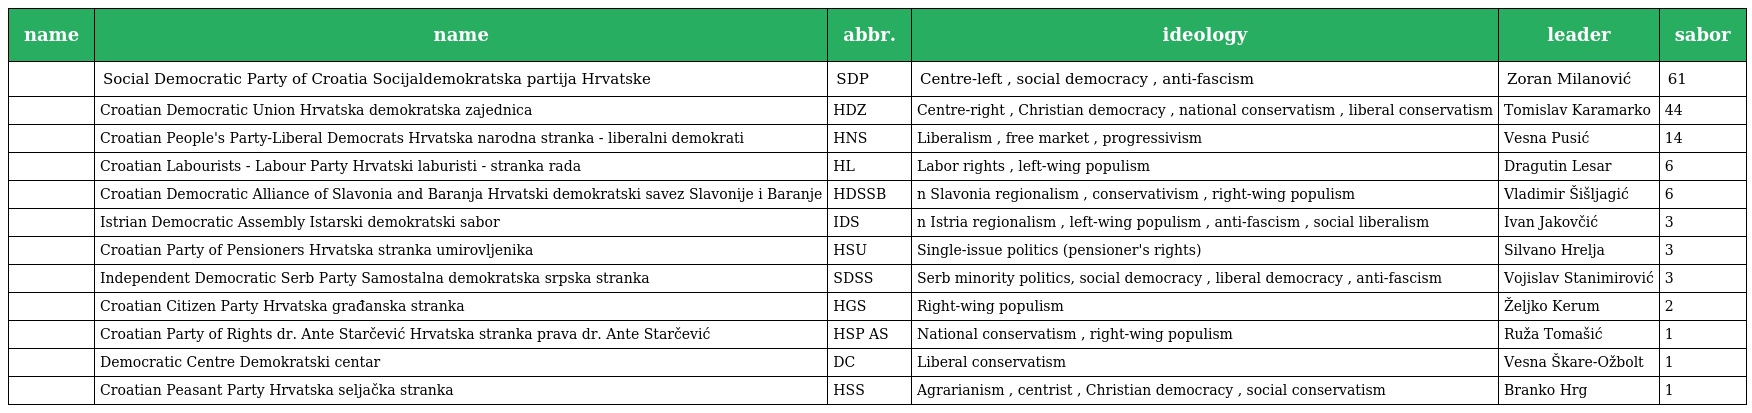
| name | name | abbr. | ideology | leader | sabor |
 | --- | --- | --- | --- | --- | --- |
 |  | Social Democratic Party of Croatia Socijaldemokratska partija Hrvatske | SDP | Centre-left , social democracy , anti-fascism | Zoran Milanović | 61 |
 |  | Croatian Democratic Union Hrvatska demokratska zajednica | HDZ | Centre-right , Christian democracy , national conservatism , liberal conservatism | Tomislav Karamarko | 44 |
 |  | Croatian People's Party-Liberal Democrats Hrvatska narodna stranka - liberalni demokrati | HNS | Liberalism , free market , progressivism | Vesna Pusić | 14 |
 |  | Croatian Labourists - Labour Party Hrvatski laburisti - stranka rada | HL | Labor rights , left-wing populism | Dragutin Lesar | 6 |
 |  | Croatian Democratic Alliance of Slavonia and Baranja Hrvatski demokratski savez Slavonije i Baranje | HDSSB | n Slavonia regionalism , conservativism , right-wing populism | Vladimir Šišljagić | 6 |
 |  | Istrian Democratic Assembly Istarski demokratski sabor | IDS | n Istria regionalism , left-wing populism , anti-fascism , social liberalism | Ivan Jakovčić | 3 |
 |  | Croatian Party of Pensioners Hrvatska stranka umirovljenika | HSU | Single-issue politics (pensioner's rights) | Silvano Hrelja | 3 |
 |  | Independent Democratic Serb Party Samostalna demokratska srpska stranka | SDSS | Serb minority politics, social democracy , liberal democracy , anti-fascism | Vojislav Stanimirović | 3 |
 |  | Croatian Citizen Party Hrvatska građanska stranka | HGS | Right-wing populism | Željko Kerum | 2 |
 |  | Croatian Party of Rights dr. Ante Starčević Hrvatska stranka prava dr. Ante Starčević | HSP AS | National conservatism , right-wing populism | Ruža Tomašić | 1 |
 |  | Democratic Centre Demokratski centar | DC | Liberal conservatism | Vesna Škare-Ožbolt | 1 |
 |  | Croatian Peasant Party Hrvatska seljačka stranka | HSS | Agrarianism , centrist , Christian democracy , social conservatism | Branko Hrg | 1 |